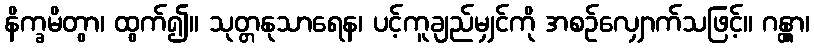
နိက္ခမိတွာ၊ ထွက်၍။ သုတ္တနုသာရေန၊ ပင့်ကူချည်မျှင်ကို အစဉ်လျှောက်သဖြင့်။ ဂန္တွာ၊